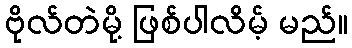
ဗိုလ်တဲမို့ ဖြစ်ပါလိမ့် မည်။